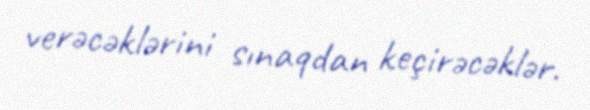
verəcəklərini sınaqdan keçirəcəklər.